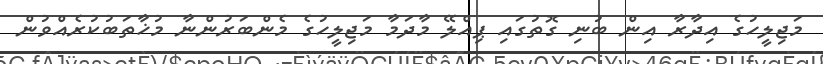
މަޖިލީހުގެ އިދާރާ އިން ބުނި ގޮތުގައި ޕިއްލޭ މާދަމާ މަޖިލީހުގެ މެންބަރުންނާ މުޚާތަބުކުރެއްވުން